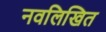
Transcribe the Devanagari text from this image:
नवलिखित